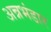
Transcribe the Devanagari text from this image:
अन्नभंडार